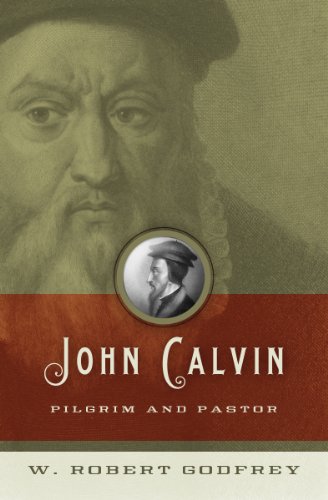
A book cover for John Calvin: Pilgrim and Pastor; W. Robert Godfrey; Christian Books & Bibles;